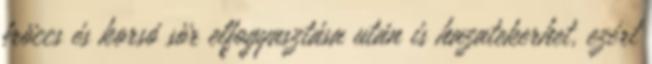
fröccs és korsó sör elfogyasztása után is hazatekerhet, ezért